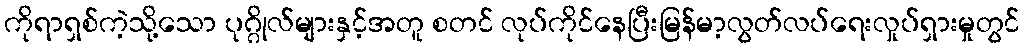
ကိုရာရှစ်ကဲ့သို့သော ပုဂ္ဂိုလ်များနှင့်အတူ စတင် လုပ်ကိုင်နေပြီးမြန်မာ့လွတ်လပ်ရေးလှုပ်ရှားမှုတွင်